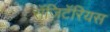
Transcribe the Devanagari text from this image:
सॅजिटॅरियस